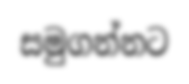
සමුගන්නට